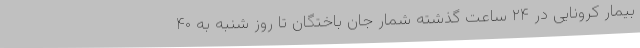
بیمار کرونایی در ۲۴ ساعت گذشته شمار جان باختگان تا روز شنبه به ۴۰